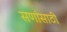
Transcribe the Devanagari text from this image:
सणांसाठी